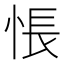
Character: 悵